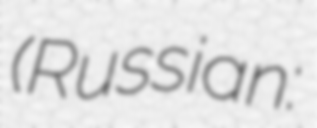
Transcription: (Russian: Ру́сская